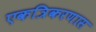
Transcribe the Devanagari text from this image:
एकत्रिकरणास